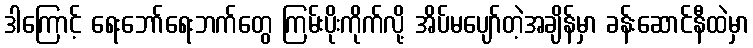
ဒါကြောင့် ရေးဘော်ရေးဘက်တွေ ကြမ်းပိုးကိုက်လို့ အိပ်မပျော်တဲ့အချိန်မှာ ခန်းဆောင်နီထဲမှာ